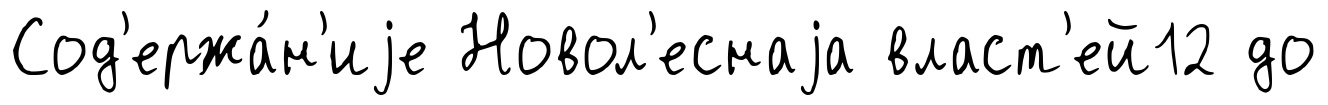
Сод'ержа́н'иjе Новол'еснаjа власт'ей12 до